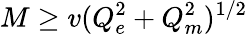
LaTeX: M\ge v(Q_{e}^{2}+Q_{m}^{2})^{1/2}